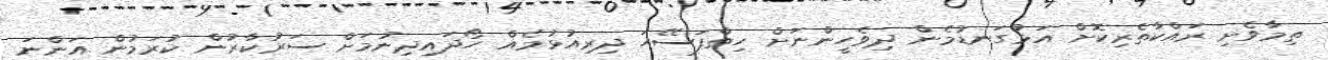
ތިމާވެށި ރައްކާތެރިކޮށް އަޅުގަނޑުމެން ދިވެހީންނަށް ހިތްފަސޭހަ ދިރިއުޅުމެއް ހޯދައިދިނުމަށް ސަރުކާރުން ކުރަމުން އަންނަ